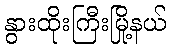
နွားထိုးကြီးမြို့နယ်